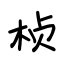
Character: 桢